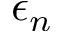
\epsilon _ { n }